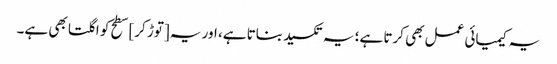
یہ کیمیائی عمل بھی کرتا ہے؛ یہ تکسید بناتا ہے، اور یہ [توڑ کر] سطح کو اگلتا بھی ہے۔